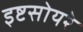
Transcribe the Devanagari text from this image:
इष्टसोयरे